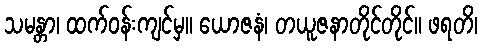
သမန္တာ၊ ထက်ဝန်းကျင်မှ။ ယောဇနံ၊ တယူဇနာတိုင်တိုင်။ ဖရတိ၊